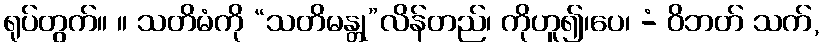
ရုပ်တွက်။ ။ သတိမံကို “သတိမန္တု”လိန်တည်၊ ကိုဟူ၍၊ပေ၊ -ံ ဝိဘတ် သက်,